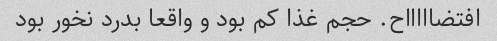
افتضاااااح. حجم غذا کم بود و واقعا بدرد نخور بود